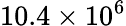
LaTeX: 10.4\times 10^{6}